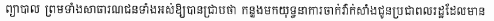
ព្យាបាល ព្រមទាំងសាធារណជនទាំងអស់ឲ្យបានជ្រាបថា កន្លងមកយុទ្ធនាការចាក់វ៉ាក់សាំងជូនប្រជាពលរដ្ឋដែលមាន